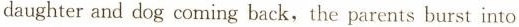
daughter and dog coming back, the parents burst into